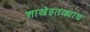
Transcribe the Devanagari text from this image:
शाखेइतक्याच